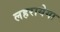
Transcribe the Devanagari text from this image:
लहरायेगा